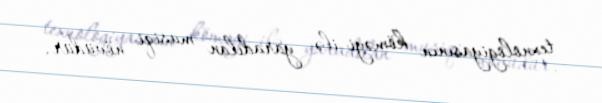
texnologiyasının köməyi ilə yaradılan musiqi növüdür.